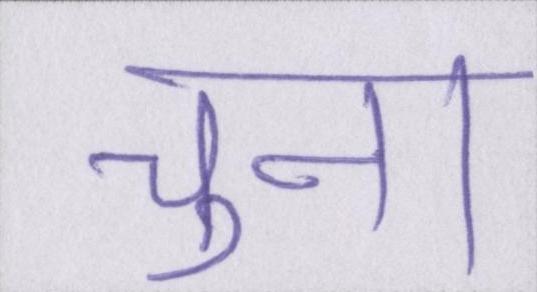
चुना